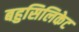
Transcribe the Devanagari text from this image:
बहुसिलिकेट